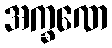
အက္ခဏေ